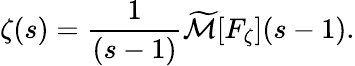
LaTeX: \zeta(s)={\frac{1}{(s-1)}}{\widetilde{\mathcal{M}}}[F_{\zeta}](s-1).